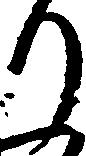
り